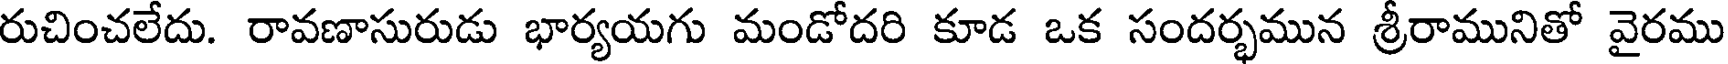
రుచించలేదు. రావణాసురుడు భార్యయగు మండోదరి కూడ ఒక సందర్భమున శ్రీరామునితో వైరము